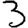
Digit: 3